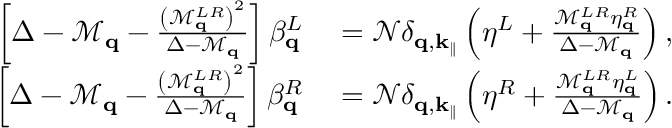
\begin{array} { r l } { \left[ \Delta - \mathcal { M } _ { \mathbf { q } } - \frac { \left( \mathcal { M } _ { \mathbf { q } } ^ { L R } \right) ^ { 2 } } { \Delta - \mathcal { M } _ { \mathbf { q } } } \right] \beta _ { \mathbf { q } } ^ { L } } & { { } = \mathcal { N } \delta _ { \mathbf { q } , \mathbf { k } _ { \parallel } } \left( \eta ^ { L } + \frac { \mathcal { M } _ { \mathbf { q } } ^ { L R } \eta _ { \mathbf { q } } ^ { R } } { \Delta - \mathcal { M } _ { \mathbf { q } } } \right) , } \\ { \left[ \Delta - \mathcal { M } _ { \mathbf { q } } - \frac { \left( \mathcal { M } _ { \mathbf { q } } ^ { L R } \right) ^ { 2 } } { \Delta - \mathcal { M } _ { \mathbf { q } } } \right] \beta _ { \mathbf { q } } ^ { R } } & { { } = \mathcal { N } \delta _ { \mathbf { q } , \mathbf { k } _ { \parallel } } \left( \eta ^ { R } + \frac { \mathcal { M } _ { \mathbf { q } } ^ { L R } \eta _ { \mathbf { q } } ^ { L } } { \Delta - \mathcal { M } _ { \mathbf { q } } } \right) . } \end{array}